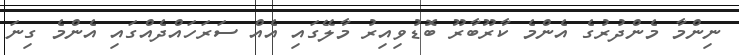
ނިންމާ މެންދުރުގެ އެންމެ ކާރޫބާރޫ ބޮޑުވިއިރު މާލޭގައި އެއް ސަރަހައްދެއްގައި އެންމެ ގިނަ